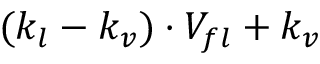
( k _ { l } - k _ { v } ) \cdot V _ { f l } + k _ { v }